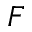
\boldsymbol { F }